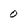
Character: 0